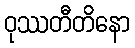
ဝုဿတီတိနော